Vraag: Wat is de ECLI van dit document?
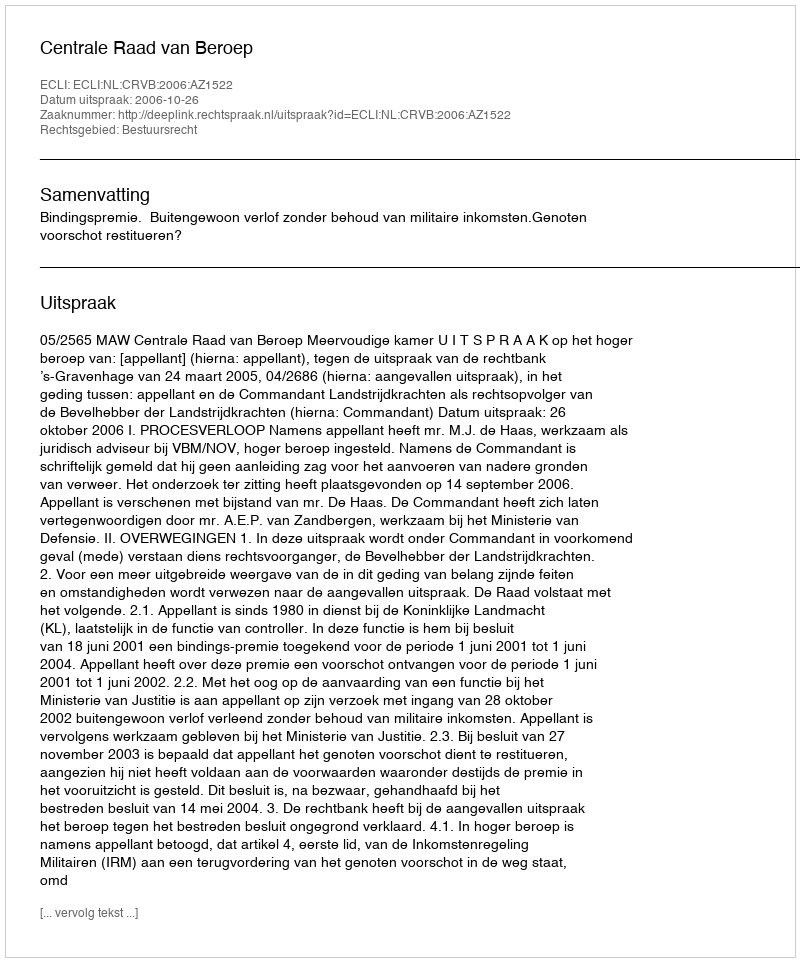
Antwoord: ECLI:NL:CRVB:2006:AZ1522